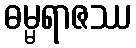
ဓမ္မရာဇဿ